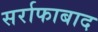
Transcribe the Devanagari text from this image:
सर्राफाबाद